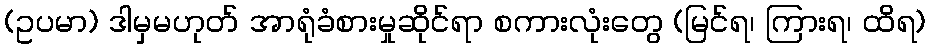
(ဥပမာ) ဒါမှမဟုတ် အာရုံခံစားမှုဆိုင်ရာ စကားလုံးတွေ (မြင်ရ၊ ကြားရ၊ ထိရ)